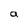
Character: a